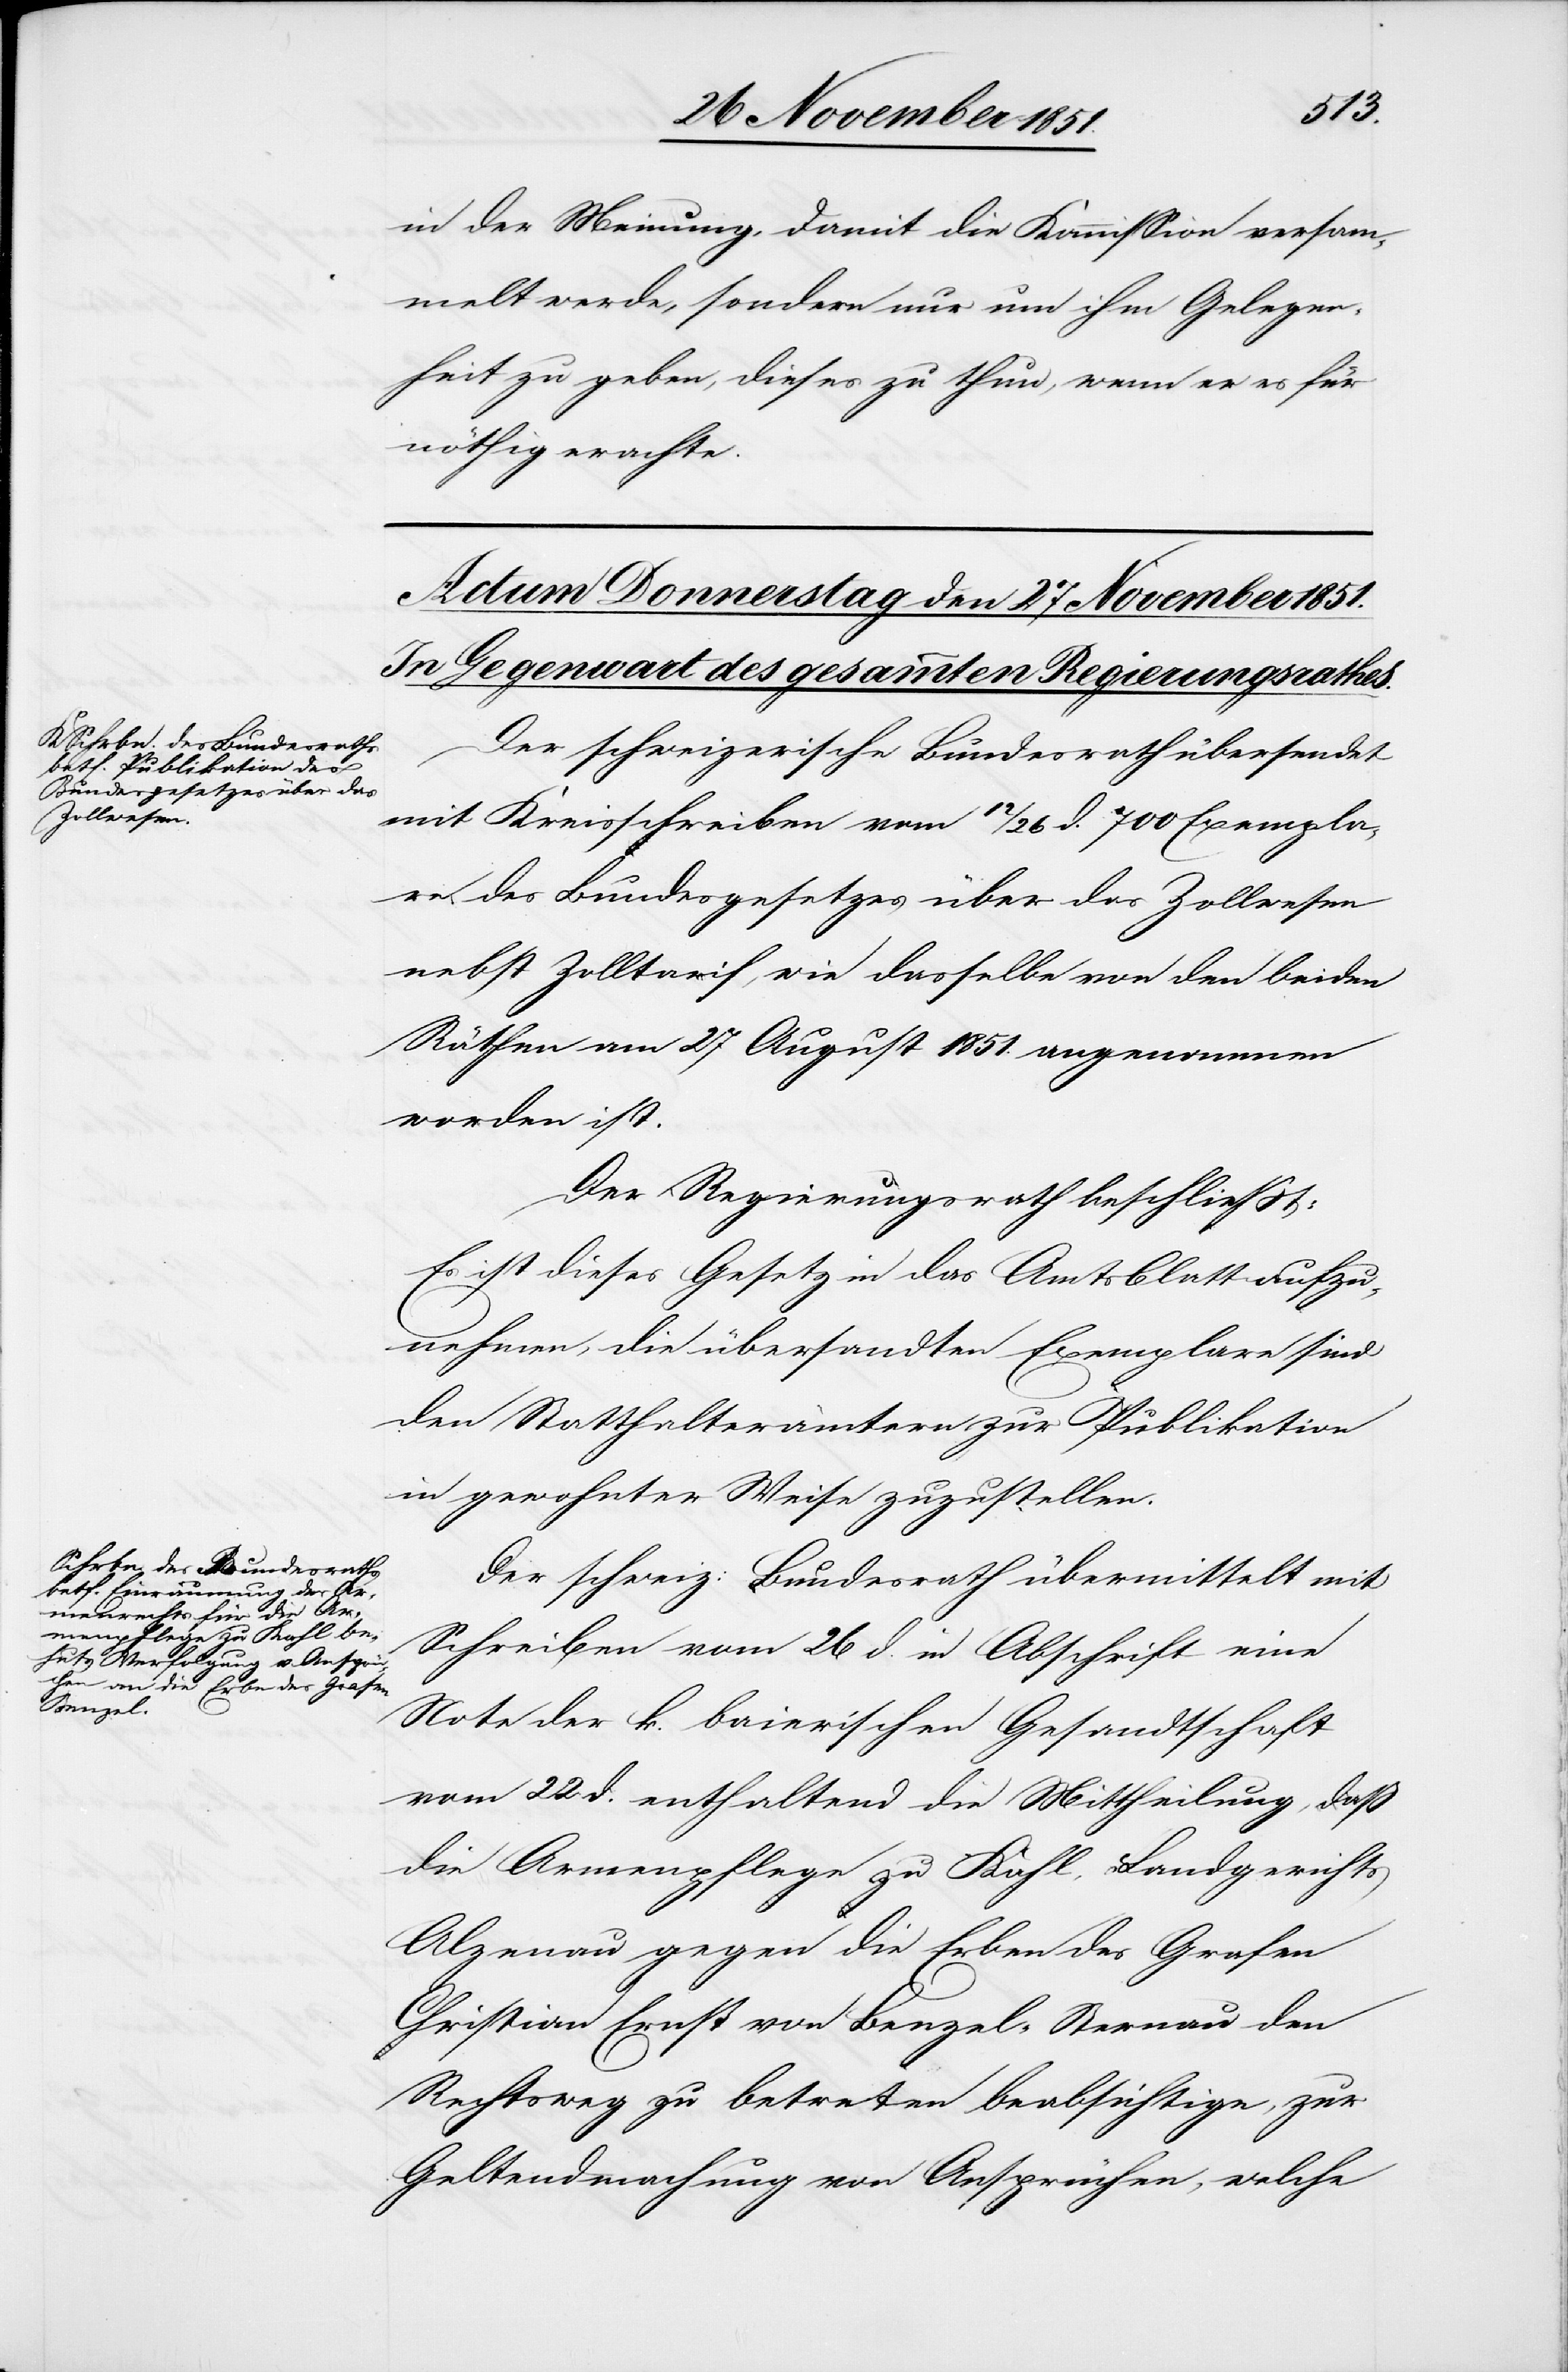
in der Meinung, damit die Kommission versam¬
melt werde, sondern nur um ihm Gelegen¬
heit zu geben, dieses zu thun, wenn er es für
nöthig erachte.
Der schweizerische Bundesrath übersendet
mit Kreisschreiben vom 12 / 26 d. 700 Exemplar¬
e des Bundesgesetzes über das Zollwesen
nebst Zolltarif, wie dasselbe von den beiden
Räthen am 27 August 1851. angenommen
worden ist.
Der Regierungsrath beschließt:
Es ist dieses Gesetz in das Amtsblatt aufzu¬
nehmen, die übersandten Exemplare sind
den Statthalterämtern zur Publikation
in gewohnter Weise zuzustellen.
Der schweiz: Bundesrath übermittelt mit
Schreiben vom 26 d. in Abschrift eine
Note der k. baierischen Gesandtschaft
vom 22 d. enthaltend die Mittheilung, daß
die Armenpflege zu Kahl, Landgerichts
Alzenau gegen die Erben des Grafen
Christian Ernst von Benzel-Sternau den
Rechtsweg zu betreten beabsichtige, zur
Geltendmachung von Ansprüchen, welche